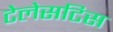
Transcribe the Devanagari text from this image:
टेलेसटिस